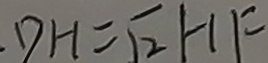
D H = \sqrt { 2 } H F